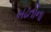
બઢતીના